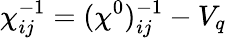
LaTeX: \chi_{ij}^{-1}=(\chi^{0})_{ij}^{-1}-V_{q}